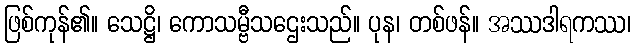
ဖြစ်ကုန်၏။ သေဋ္ဌိ၊ ကောသမ္ဗီသဌေးသည်။ ပုန၊ တစ်ဖန်။ အဿဒါရကဿ၊